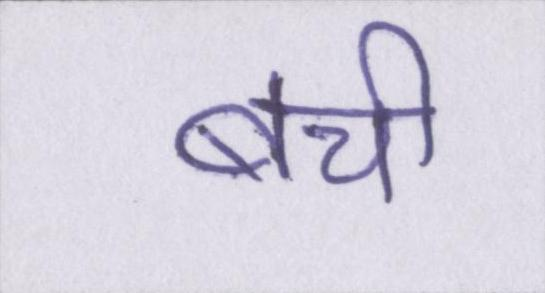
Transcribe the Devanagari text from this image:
बची